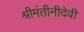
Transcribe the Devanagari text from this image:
श्रीमंतीनीदेवी